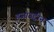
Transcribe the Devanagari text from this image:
इजाउद्दीन